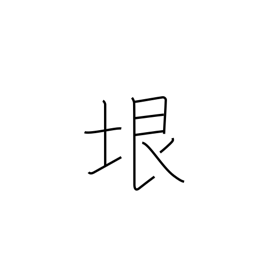
Meaning: limit